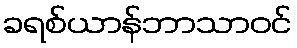
ခရစ်ယာန်ဘာသာဝင်